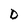
Character: D